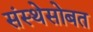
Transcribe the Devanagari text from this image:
संस्थेसोबत